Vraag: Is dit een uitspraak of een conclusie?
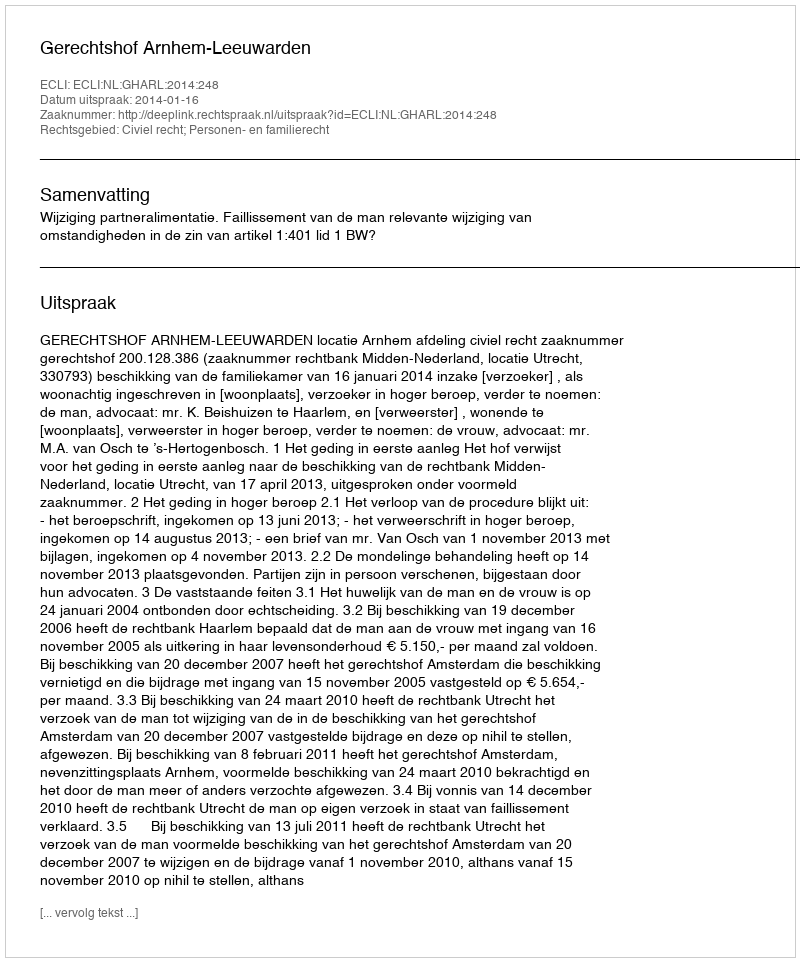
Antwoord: Uitspraak